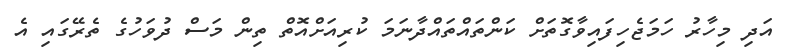
އަދި މިހާރު ހަމަޖެހިފައިވާގޮތަށް ކަންތައްތައްދާނަމަ ކުރިއަށްއޮތް ތިން މަސް ދުވަހުގެ ތެރޭގައި އެ